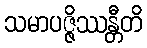
သမာပဇ္ဇိဿန္တီတိ